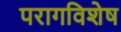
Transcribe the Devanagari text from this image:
परागविशेष